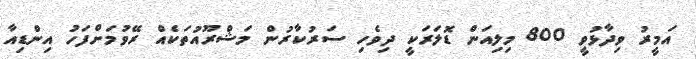
އަމީރު ވިދާޅުވީ 800 މިލިއަން ޑޮލަރަކީ ދިވެހި ސަރުކާރުން މަޝްރޫއުތަކެއް ރޭވުމަށްފަހު އިންޑިއާ